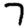
Digit: 7